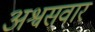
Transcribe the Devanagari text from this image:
अश्वसवार